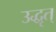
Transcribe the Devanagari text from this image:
उद्धृत्